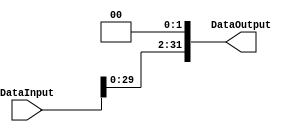
/******************************************************************
* Description
*	This performs a shift left opeartion in roder to calculate the brances.
*	1.0
* Author:
*	MSc. Jos Luis Pizano Escalante
* Date:
*	01/03/2014
******************************************************************/
module ShiftLeft2 
(   
	input [31:0]  DataInput,
   output reg [31:0] DataOutput

);
   always @ (DataInput)
     DataOutput = {DataInput[29:0], 1'b0, 1'b0};

endmodule // leftShift2